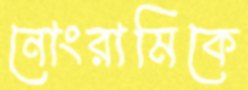
নোংরামিকে